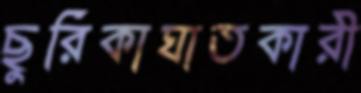
ছুরিকাঘাতকারী